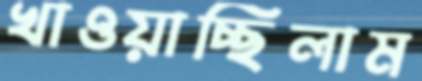
খাওয়াচ্ছিলাম